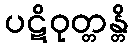
ပဋိဝုတ္တန္တိ